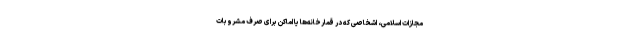
مجازات اسلامی، اشخاصی که در قمارخانه‌ها یا اماکن برای صرف مشروبات